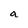
Character: a